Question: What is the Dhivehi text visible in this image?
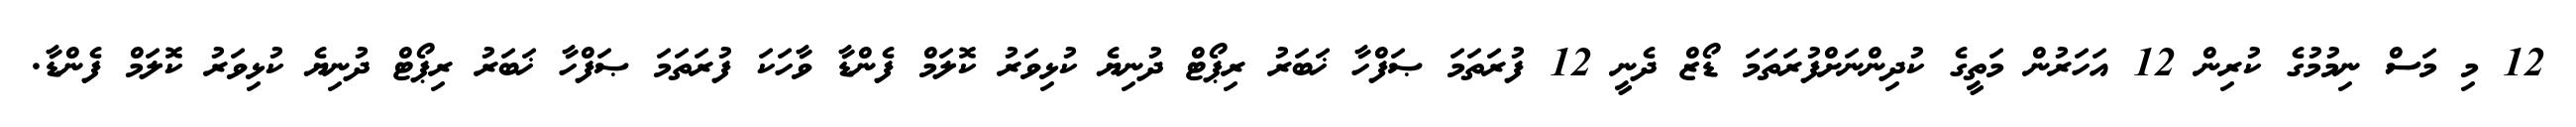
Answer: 12 މި މަސް ނިމުމުގެ ކުރިން 12 އަހަރުން މަތީގެ ކުދިންނަށްފުރަތަމަ ޑޯޒް ދެނީ 12 ފުރަތަމަ ޞަފްހާ ޚަބަރު ރިޕޯޓް ދުނިޔެ ކުޅިވަރު ކޮލަމް ފެންޑާ ވާހަކަ ފުރަތަމަ ޞަފްހާ ޚަބަރު ރިޕޯޓް ދުނިޔެ ކުޅިވަރު ކޮލަމް ފެންޑާ.